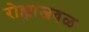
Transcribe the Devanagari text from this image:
रोह्याजवळ